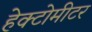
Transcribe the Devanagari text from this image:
हेक्टोमीटर